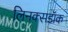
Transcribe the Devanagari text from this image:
लिनक्सडॉक